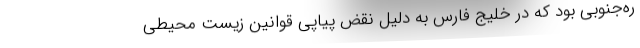
ره‌جنوبی بود که در خلیج فارس به دلیل نقض پیاپی قوانین زیست محیطی